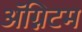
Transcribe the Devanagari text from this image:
ॲग्निटम